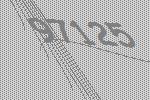
97125